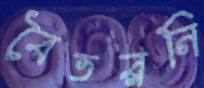
বৈতরনি